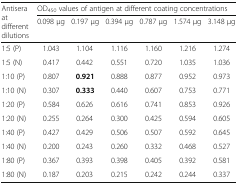
| <ROWSPAN=2> Antisera at different dilutions | <COLSPAN=6> OD450 values of antigen at different coating concentrations |
 | 0.098 μg | 0.197 μg | 0.394 μg | 0.787 μg | 1.574 μg | 3.148 μg |
 | --- | --- | --- | --- | --- | --- | --- |
 | 1:5 (P) | 1.043 | 1.104 | 1.116 | 1.160 | 1.216 | 1.274 |
 | 1:5 (N) | 0.417 | 0.442 | 0.551 | 0.720 | 1.035 | 1.036 |
 | 1:10 (P) | 0.807 | 0.921 | 0.888 | 0.877 | 0.952 | 0.973 |
 | 1:10 (N) | 0.307 | 0.333 | 0.440 | 0.607 | 0.753 | 0.771 |
 | 1:20 (P) | 0.584 | 0.626 | 0.616 | 0.741 | 0.853 | 0.926 |
 | 1:20 (N) | 0.255 | 0.264 | 0.300 | 0.425 | 0.594 | 0.605 |
 | 1:40 (P) | 0.427 | 0.429 | 0.506 | 0.507 | 0.592 | 0.645 |
 | 1:40 (N) | 0.200 | 0.243 | 0.260 | 0.332 | 0.468 | 0.527 |
 | 1:80 (P) | 0.367 | 0.393 | 0.398 | 0.405 | 0.392 | 0.581 |
 | 1:80 (N) | 0.187 | 0.203 | 0.215 | 0.242 | 0.244 | 0.337 |